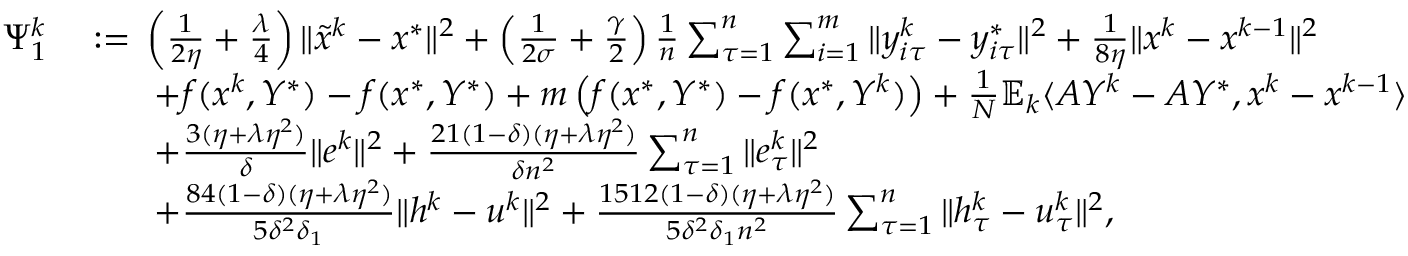
\begin{array} { r l } { \Psi _ { 1 } ^ { k } } & { \; { : = } \; \left( \frac { 1 } { 2 \eta } + \frac { \lambda } { 4 } \right) \| { \tilde { x } } ^ { k } - x ^ { * } \| ^ { 2 } + \left( \frac { 1 } { 2 \sigma } + \frac { \gamma } { 2 } \right) \frac { 1 } { n } \sum _ { \tau = 1 } ^ { n } \sum _ { i = 1 } ^ { m } \| y _ { i \tau } ^ { k } - y _ { i \tau } ^ { * } \| ^ { 2 } + \frac { 1 } { 8 \eta } \| x ^ { k } - x ^ { k - 1 } \| ^ { 2 } } \\ & { \qquad + f ( x ^ { k } , Y ^ { * } ) - f ( x ^ { * } , Y ^ { * } ) + m \left( f ( x ^ { * } , Y ^ { * } ) - f ( x ^ { * } , Y ^ { k } ) \right) + \frac { 1 } { N } \mathbb { E } _ { k } \langle A Y ^ { k } - A Y ^ { * } , x ^ { k } - x ^ { k - 1 } \rangle } \\ & { \qquad + \frac { 3 ( \eta + \lambda \eta ^ { 2 } ) } { \delta } \| e ^ { k } \| ^ { 2 } + \frac { 2 1 ( 1 - \delta ) ( \eta + \lambda \eta ^ { 2 } ) } { \delta n ^ { 2 } } \sum _ { \tau = 1 } ^ { n } \| e _ { \tau } ^ { k } \| ^ { 2 } } \\ & { \qquad + \frac { 8 4 ( 1 - \delta ) ( \eta + \lambda \eta ^ { 2 } ) } { 5 \delta ^ { 2 } \delta _ { 1 } } \| h ^ { k } - u ^ { k } \| ^ { 2 } + \frac { 1 5 1 2 ( 1 - \delta ) ( \eta + \lambda \eta ^ { 2 } ) } { 5 \delta ^ { 2 } \delta _ { 1 } n ^ { 2 } } \sum _ { \tau = 1 } ^ { n } \| h _ { \tau } ^ { k } - u _ { \tau } ^ { k } \| ^ { 2 } , } \end{array}